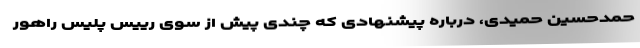
حمدحسین حمیدی، درباره پیشنهادی که چندی پیش از سوی رییس پلیس راهور